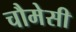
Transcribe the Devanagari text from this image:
चौमेसी